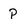
Character: P